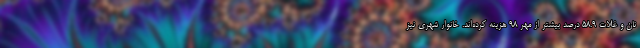
نان و غلات ۵۸.۹ درصد بیشتر از مهر ۹۸ هزینه کرده‌اند. خانوار شهری نیز